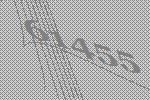
61455